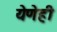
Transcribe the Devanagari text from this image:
येणेही